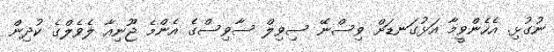
ނުގުޅި. އެހެންވީމާ އަޅުގަނޑަށް ވިސްނޭ ސިވިލް ސާވިސްގެ އެންމެ ޖޫނިއާ ލެވެލްގެ ކުދިން